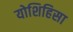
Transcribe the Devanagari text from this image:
योशिहिसा